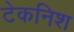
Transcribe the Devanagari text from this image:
टेकनिश